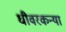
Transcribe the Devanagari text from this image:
धीवरकन्या